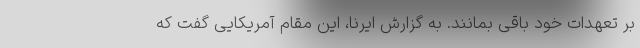
بر تعهدات خود باقی بمانند. به گزارش ایرنا، این مقام آمریکایی گفت که